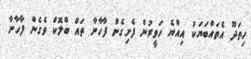
ހިތަދޫ އެތައްބަޔަކު އިއްޔެ ހަވީރުން ފެށިގެން ފާހާނާ ތައް ބްލޮކް ވެގެން ފާހާނާ